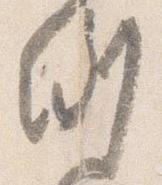
例